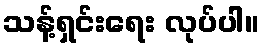
သန့်ရှင်းရေး လုပ်ပါ။